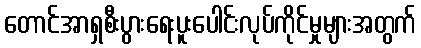
တောင်အာရှစီးပွားရေးပူးပေါင်းလုပ်ကိုင်မှုများအတွက်